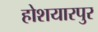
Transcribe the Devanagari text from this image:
होशयारपुर